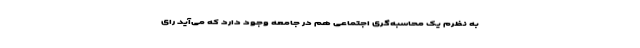
به نظرم یک محاسبه‌گری اجتماعی هم در جامعه وجود دارد که می‌آید رای